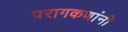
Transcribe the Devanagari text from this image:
परागकणांनी